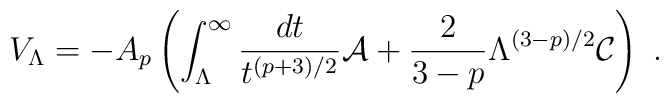
V_\Lambda = -A_p\left(\int_\Lambda^\infty {dt\over t^{(p+3)/2}} {\cal A} +{2\over 3-p}\Lambda^{(3-p)/2} {\cal C}\right)\ .